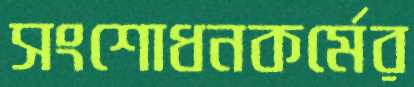
সংশোধনকর্মের